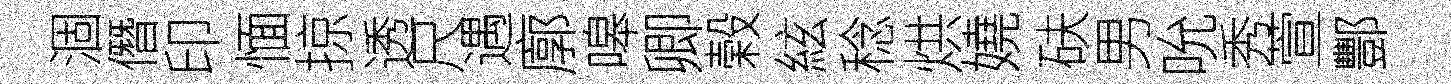
涸僭印愐掠透尺遇廓嗥卿榖絃稔烘嬈砆男吮秀萱酆